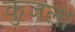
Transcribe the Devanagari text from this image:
कुजला